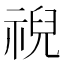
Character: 𫀗